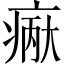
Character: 𪽲